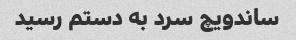
ساندویچ سرد به دستم رسید